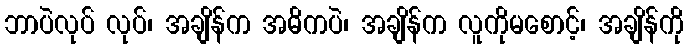
ဘာပဲလုပ် လုပ်၊ အချိန်က အဓိကပဲ၊ အချိန်က လူကိုမစောင့်၊ အချိန်ကို